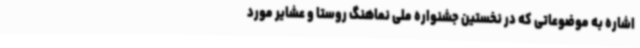
اشاره به موضوعاتی که در نخستین جشنواره ملی نماهنگ روستا و عشایر مورد